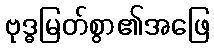
ဗုဒ္ဓမြတ်စွာ၏အဖြေ